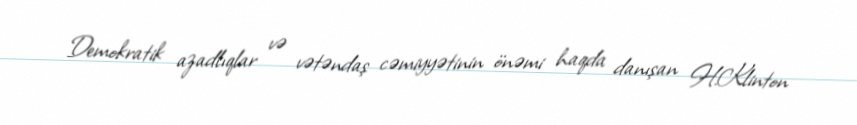
Demokratik azadlıqlar və vətəndaş cəmiyyətinin önəmi haqda danışan H.Klinton